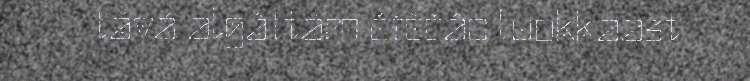
lává algâttâm čiččâd luokkaast